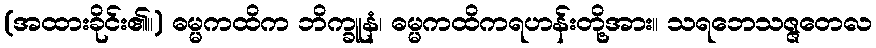
(အထားခိုင်း၏။) ဓမ္မကထိက ဘိက္ခူနံ၊ ဓမ္မကထိကရဟန်းတို့အား။ သရဘေသဇ္ဇတေလ